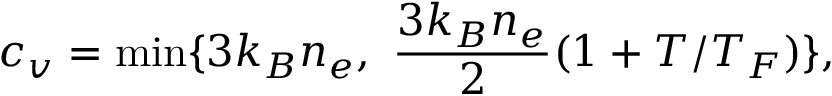
c _ { v } = \operatorname* { m i n } \{ 3 k _ { B } n _ { e } , \ \frac { 3 k _ { B } n _ { e } } { 2 } ( 1 + T / T _ { F } ) \} ,